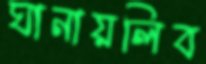
ঘানায়লিব